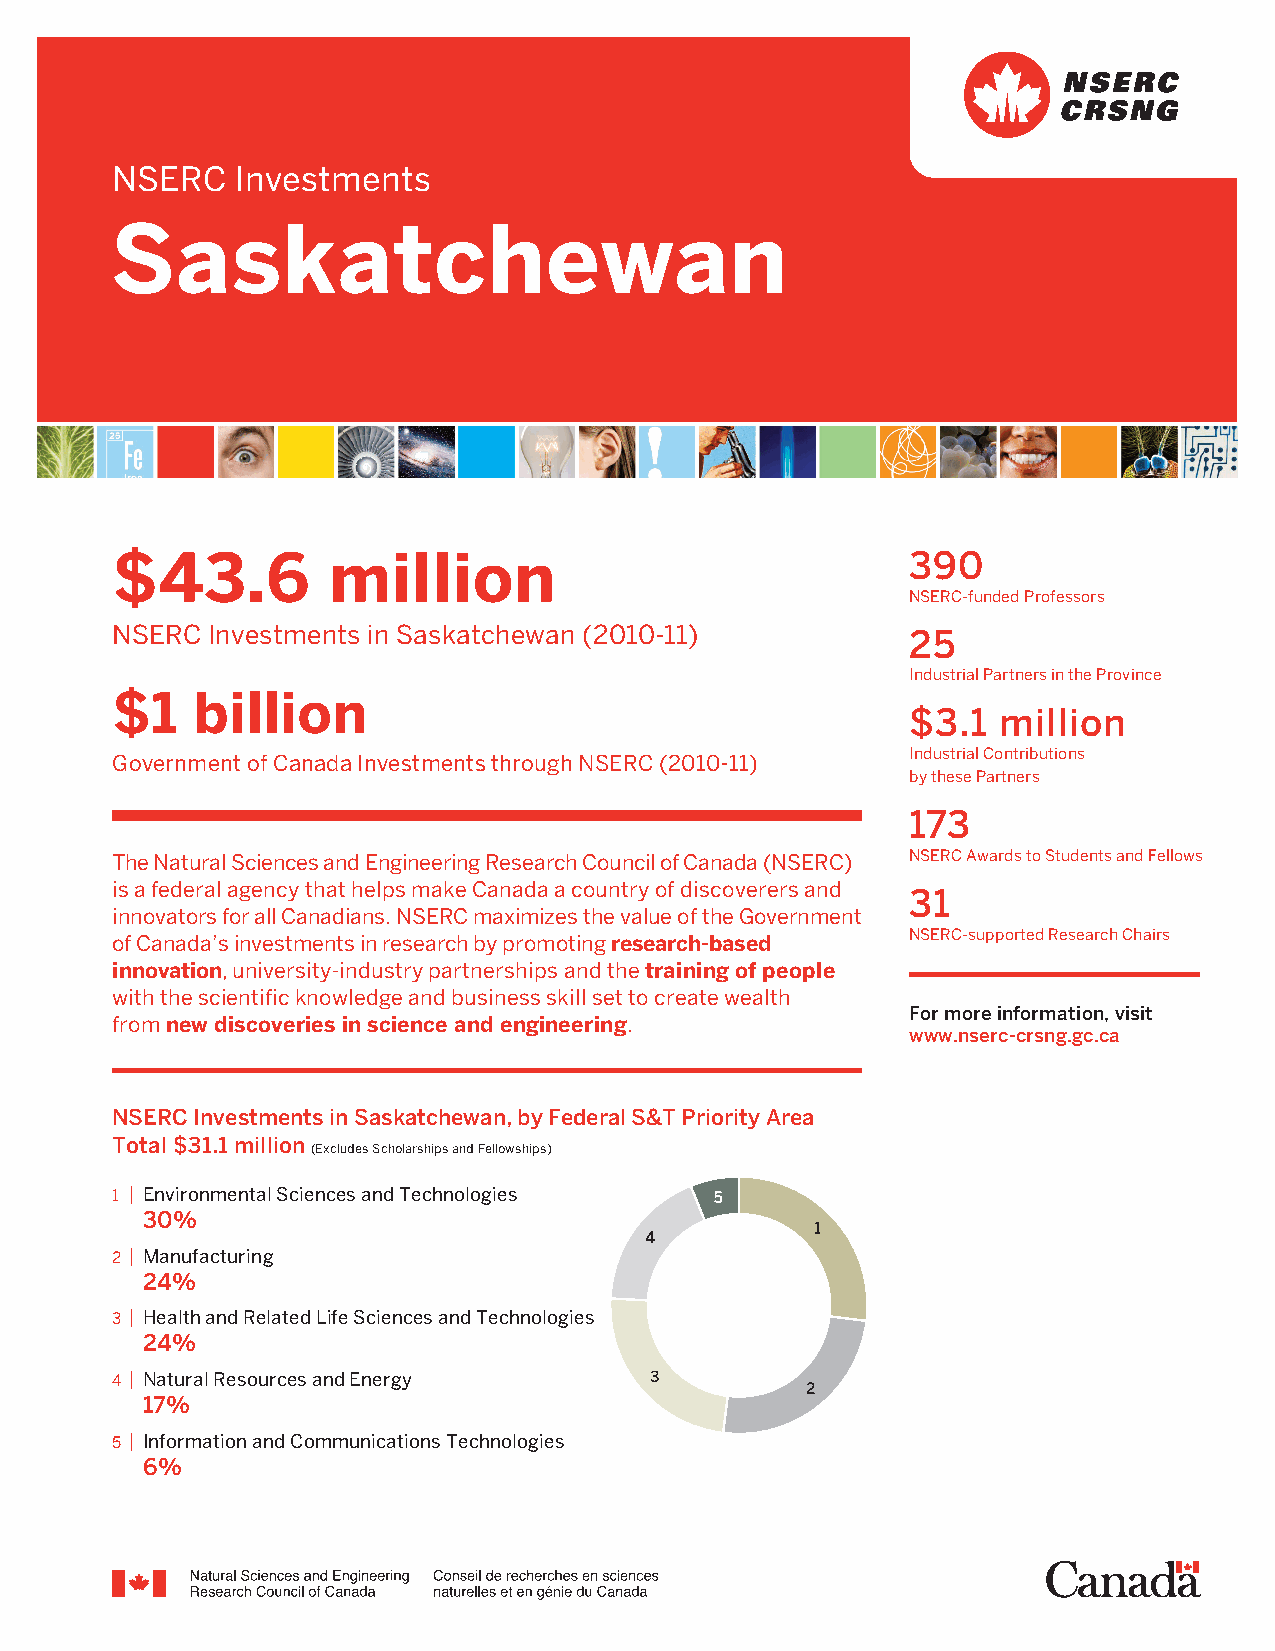
NSERC    Investments
 Saskatchewan
 $43.6          million                               390
 NSERC-funded Professors
 NSERC  Investments in Saskatchewan (2010-11)         25
 Industrial Partners in the Province
 $1    billion
 $3.1  million
 Industrial Contributions
 Government of Canada Investments through NSERC (2010-11)
 by these Partners
 173
 The Natural Sciences and Engineering Research Council of Canada (NSERC) NSERC Awards to Students and Fellows
 is a federal agency that helps make Canada a country of discoverers and
 31
 innovators for all Canadians. NSERC maximizes the value of the Government
 NSERC-supported Research Chairs
 of Canada’s investments in research by promoting research-based
 innovation, university-industry partnerships and the training of people
 with the scientific knowledge and business skill set to create wealth
 For more information, visit
 from new discoveries in science and engineering.
 www.nserc-crsng.gc.ca
 NSERC Investments in Saskatchewan, by Federal S&T Priority Area
 Total $31.1 million
 (Excludes Scholarships and Fellowships)
 1 | Environmental Sciences and Technologies
 30%
 2 | Manufacturing
 24%
 3 | Health and Related Life Sciences and Technologies
 24%
 4 | Natural Resources and Energy
 17%
 5 | Information and Communications Technologies
 6%